Indian journal of veterinary science and animal husbandry - Volume 3,
Year: 1933
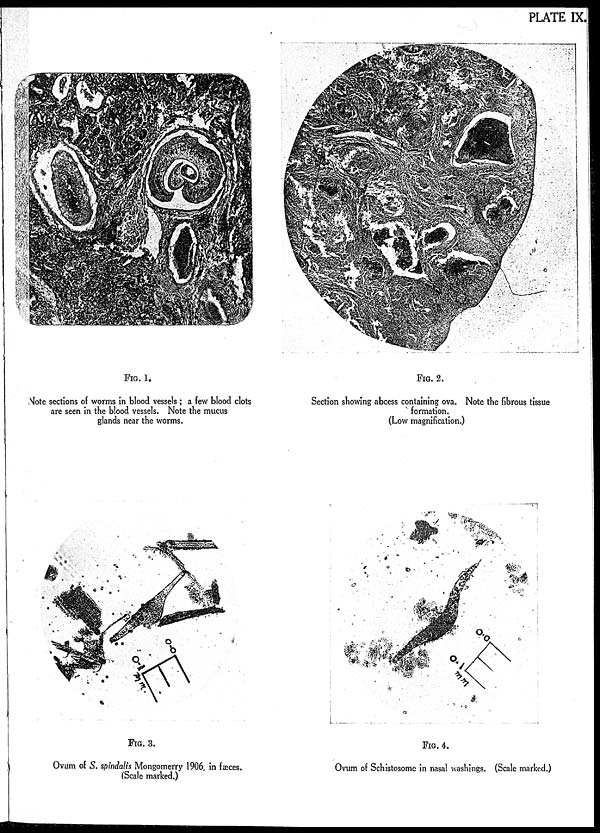
PLATE IX.
FIG. 1.
Note sections of worms in blood vessels; a few blood clots
are seen in the blood vessels. Note the mucus
glands near the worms.
FIG. 2.
Section showing abcess containing ova. Note the fibrous tissue
formation.
(Low magnification.)
FIG. 3.
Ovum of S. spindalis Mongomerry 1906, in fæces.
(Scale marked.)
FIG. 4.
Ovum of Schistosome in nasal washings. (Scale marked.)